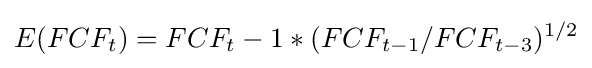
E(FCF_{t})=FCF_{t}-1*(FCF_{t-1}/FCF_{t-3})^{1/2}